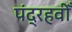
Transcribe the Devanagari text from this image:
पंद्रहवीँ